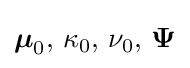
{\boldsymbol {\mu }}_{0},\,\kappa _{0},\,\nu _{0},\,{\boldsymbol {\Psi }}